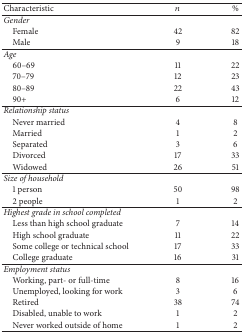
<table><thead><tr><td><b>Characteristic</b></td><td><b><i>n</i></b></td><td><b>%</b></td></tr></thead><tbody><tr><td><i>Gender</i></td><td> </td><td> </td></tr><tr><td> Female</td><td>42</td><td>82</td></tr><tr><td> Male</td><td>9</td><td>18</td></tr><tr><td><i>Age</i></td><td> </td><td> </td></tr><tr><td> 60–69</td><td>11</td><td>22</td></tr><tr><td> 70–79</td><td>12</td><td>23</td></tr><tr><td> 80–89</td><td>22</td><td>43</td></tr><tr><td> 90+</td><td>6</td><td>12</td></tr><tr><td><i>Relationship status</i></td><td> </td><td> </td></tr><tr><td> Never married</td><td>4</td><td>8</td></tr><tr><td> Married</td><td>1</td><td>2</td></tr><tr><td> Separated</td><td>3</td><td>6</td></tr><tr><td> Divorced</td><td>17</td><td>33</td></tr><tr><td> Widowed</td><td>26</td><td>51</td></tr><tr><td><i>Size of household</i></td><td> </td><td> </td></tr><tr><td> 1 person</td><td>50</td><td>98</td></tr><tr><td> 2 people</td><td>1</td><td>2</td></tr><tr><td><i>Highest grade in school completed</i></td><td> </td><td> </td></tr><tr><td> Less than high school graduate</td><td>7</td><td>14</td></tr><tr><td> High school graduate</td><td>11</td><td>22</td></tr><tr><td> Some college or technical school</td><td>17</td><td>33</td></tr><tr><td> College graduate</td><td>16</td><td>31</td></tr><tr><td><i>Employment status</i></td><td> </td><td> </td></tr><tr><td> Working, part- or full-time</td><td>8</td><td>16</td></tr><tr><td> Unemployed, looking for work</td><td>3</td><td>6</td></tr><tr><td> Retired</td><td>38</td><td>74</td></tr><tr><td> Disabled, unable to work</td><td>1</td><td>2</td></tr><tr><td> Never worked outside of home</td><td>1</td><td>2</td></tr></tbody></table>